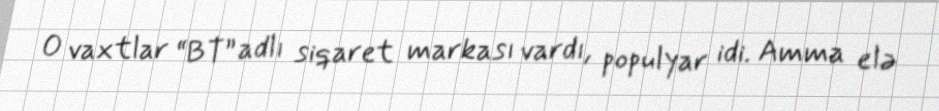
O vaxtlar “BT” adlı siqaret markası vardı, populyar idi. Amma elə